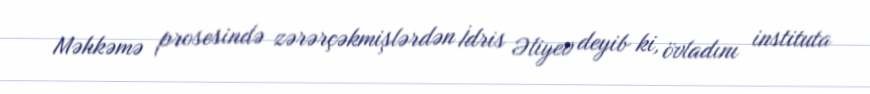
Məhkəmə prosesində zərərçəkmişlərdən İdris Əliyev deyib ki, övladını instituta